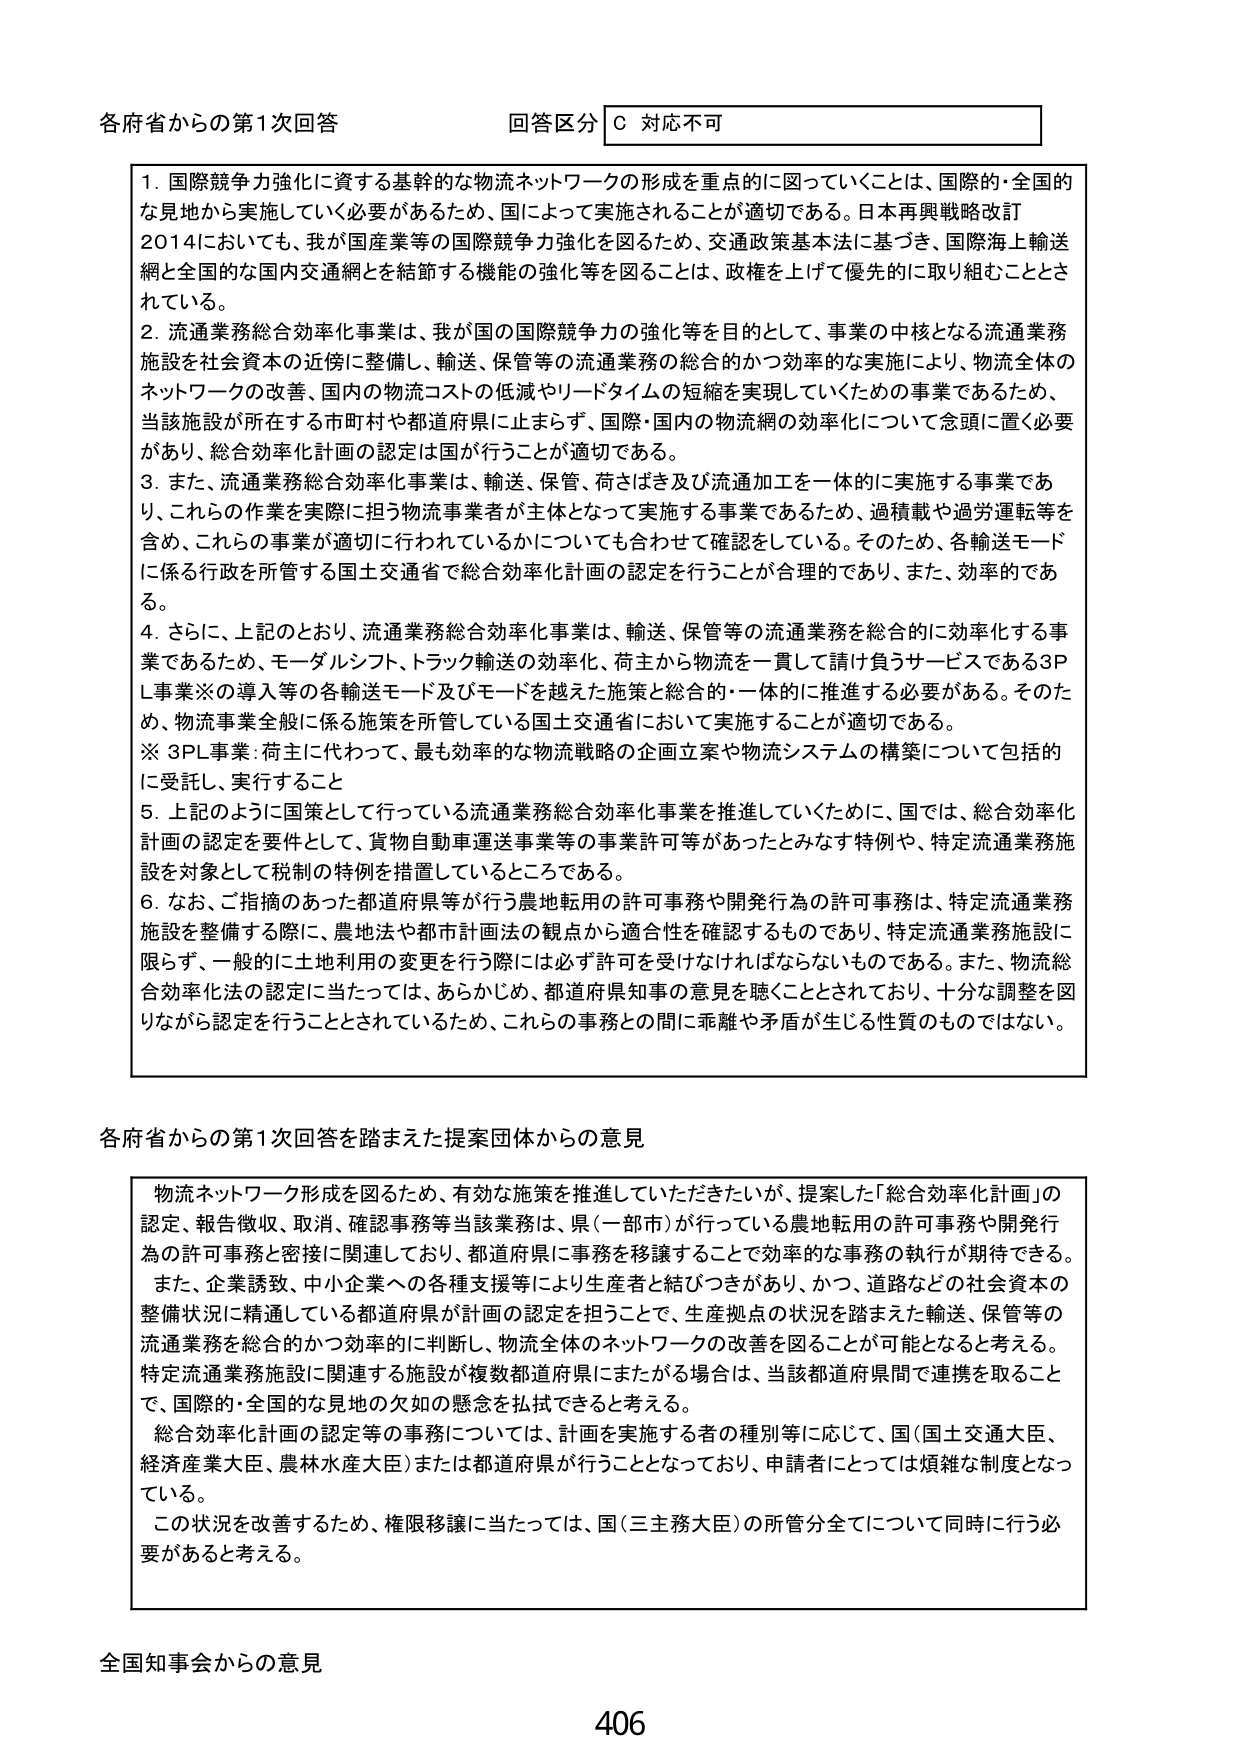
各府省からの第1次回答
回答区分 C 対応不可

1. 国際競争力強化に資する基幹的な物流ネットワークの形成を重点的に図っていくことは、国際的・全国的な見地から実施していく必要があるため、国によって実施されることが適切である。日本再興戦略改訂2014においても、我が国産業等の国際競争力強化を図るため、交通政策基本法に基づき、国際海上輸送網と全国的な国内交通網とを結節する機能の強化等を図ることは、政権を上げて優先的に取り組むこととされている。

2. 流通業務総合効率化事業は、我が国の国際競争力の強化等を目的として、事業の中核となる流通業務施設を社会資本の近傍に整備し、輸送、保管等の流通業務の総合的かつ効率的な実施により、物流全体のネットワークの改善、国内の物流コストの低減やリードタイムの短縮を実現していくための事業であるため、当該施設が所在する市町村や都道府県に止まらず、国際・国内の物流網の効率化について念頭に置く必要があり、総合効率化計画の認定は国が行うことが適切である。

3. また、流通業務総合効率化事業は、輸送、保管、荷さばき及び流通加工を一体的に実施する事業であり、これらの作業を実際に担う物流事業者が主体となって実施する事業であるため、過積載や過労運転等を含め、これらの事業が適切に行われているかについても合わせて確認をしている。そのため、各輸送モードに係る行政を所管する国土交通省で総合効率化計画の認定を行うことが合理的であり、また、効率的である。

4. さらに、上記のとおり、流通業務総合効率化事業は、輸送、保管等の流通業務を総合的に効率化する事業であるため、モーダルシフト、トラック輸送の効率化、荷主から物流を一貫して請け負うサービスである3PL事業※の導入等の各輸送モード及びモードを越えた施策と総合的・一体的に推進する必要がある。そのため、物流事業全般に係る施策を所管している国土交通省において実施することが適切である。
※ 3PL事業：荷主に代わって、最も効率的な物流戦略の企画立案や物流システムの構築について包括的に受託し、実行すること

5. 上記のように国策として行っている流通業務総合効率化事業を推進していくために、国では、総合効率化計画の認定を要件として、貨物自動車運送事業等の事業許可等があったとみなす特例や、特定流通業務施設を対象として税制の特例を措置しているところである。

6. なお、ご指摘のあった都道府県等が行う農地転用の許可事務や開発行為の許可事務は、特定流通業務施設を整備する際に、農地法や都市計画法の観点から適合性を確認するものであり、特定流通業務施設に限らず、一般的に土地利用の変更を行う際には必ず許可を受けなければならないものである。また、物流総合効率化法の認定に当たっては、あらかじめ、都道府県知事の意見を聴くこととされており、十分な調整を図りながら認定を行うこととされているため、これらの事務との間に乖離や矛盾が生じる性質のものではない。

各府省からの第1次回答を踏まえた提案団体からの意見

物流ネットワーク形成を図るため、有効な施策を推進していただきたいが、提案した「総合効率化計画」の認定、報告徴収、取消、確認事務等当該業務は、県（一部市）が行っている農地転用の許可事務や開発行為の許可事務と密接に関連しており、都道府県に事務を移譲することで効率的な事務の執行が期待できる。また、企業誘致、中小企業への各種支援等により生産者と結びつきがあり、かつ、道路などの社会資本の整備状況に精通している都道府県が計画の認定を担うことで、生産拠点の状況を踏まえた輸送、保管等の流通業務を総合的かつ効率的に判断し、物流全体のネットワークの改善を図ることが可能となると考える。特定流通業務施設に関連する施設が複数都道府県にまたがる場合は、当該都道府県間で連携を取ることで、国際的・全国的な見地の欠如の懸念を払拭できると考える。
総合効率化計画の認定等の事務については、計画を実施する者の種別等に応じて、国（国土交通大臣、経済産業大臣、農林水産大臣）または都道府県が行うこととなっており、申請者にとっては煩雑な制度となっている。
この状況を改善するため、権限移譲に当たっては、国（三主務大臣）の所管分全てについて同時に行う必要があると考える。

全国知事会からの意見

406